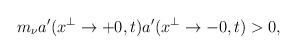
LaTeX: \begin{align*}m_\nu a'(x^\perp\to +0,t)a'(x^\perp\to -0,t)>0,\end{align*}